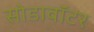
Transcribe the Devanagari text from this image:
सोडावॉटर